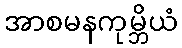
အာစမနကုမ္ဘိယံ